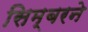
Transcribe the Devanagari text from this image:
सिम्बरने